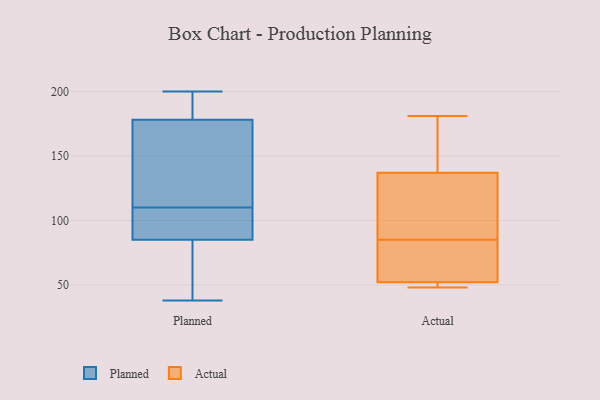
{"axis": {"x": "Demand Index", "y": "Value"}, "legend": ["Actual", "Planned"], "data": [{"x": "", "y": 38, "type": "Planned"}, {"x": "", "y": 185, "type": "Planned"}, {"x": "", "y": 198, "type": "Planned"}, {"x": "", "y": 55, "type": "Planned"}, {"x": "", "y": 110, "type": "Planned"}, {"x": "", "y": 109, "type": "Planned"}, {"x": "", "y": 158, "type": "Planned"}, {"x": "", "y": 112, "type": "Planned"}, {"x": "", "y": 196, "type": "Planned"}, {"x": "", "y": 94, "type": "Planned"}, {"x": "", "y": 60, "type": "Planned"}, {"x": "", "y": 200, "type": "Planned"}, {"x": "", "y": 97, "type": "Planned"}, {"x": "", "y": 152, "type": "Planned"}, {"x": "", "y": 82, "type": "Planned"}, {"x": "", "y": 137, "type": "Actual"}, {"x": "", "y": 123, "type": "Actual"}, {"x": "", "y": 137, "type": "Actual"}, {"x": "", "y": 57, "type": "Actual"}, {"x": "", "y": 52, "type": "Actual"}, {"x": "", "y": 77, "type": "Actual"}, {"x": "", "y": 50, "type": "Actual"}, {"x": "", "y": 93, "type": "Actual"}, {"x": "", "y": 181, "type": "Actual"}, {"x": "", "y": 48, "type": "Actual"}]}